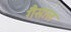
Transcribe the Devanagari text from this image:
गैसाल